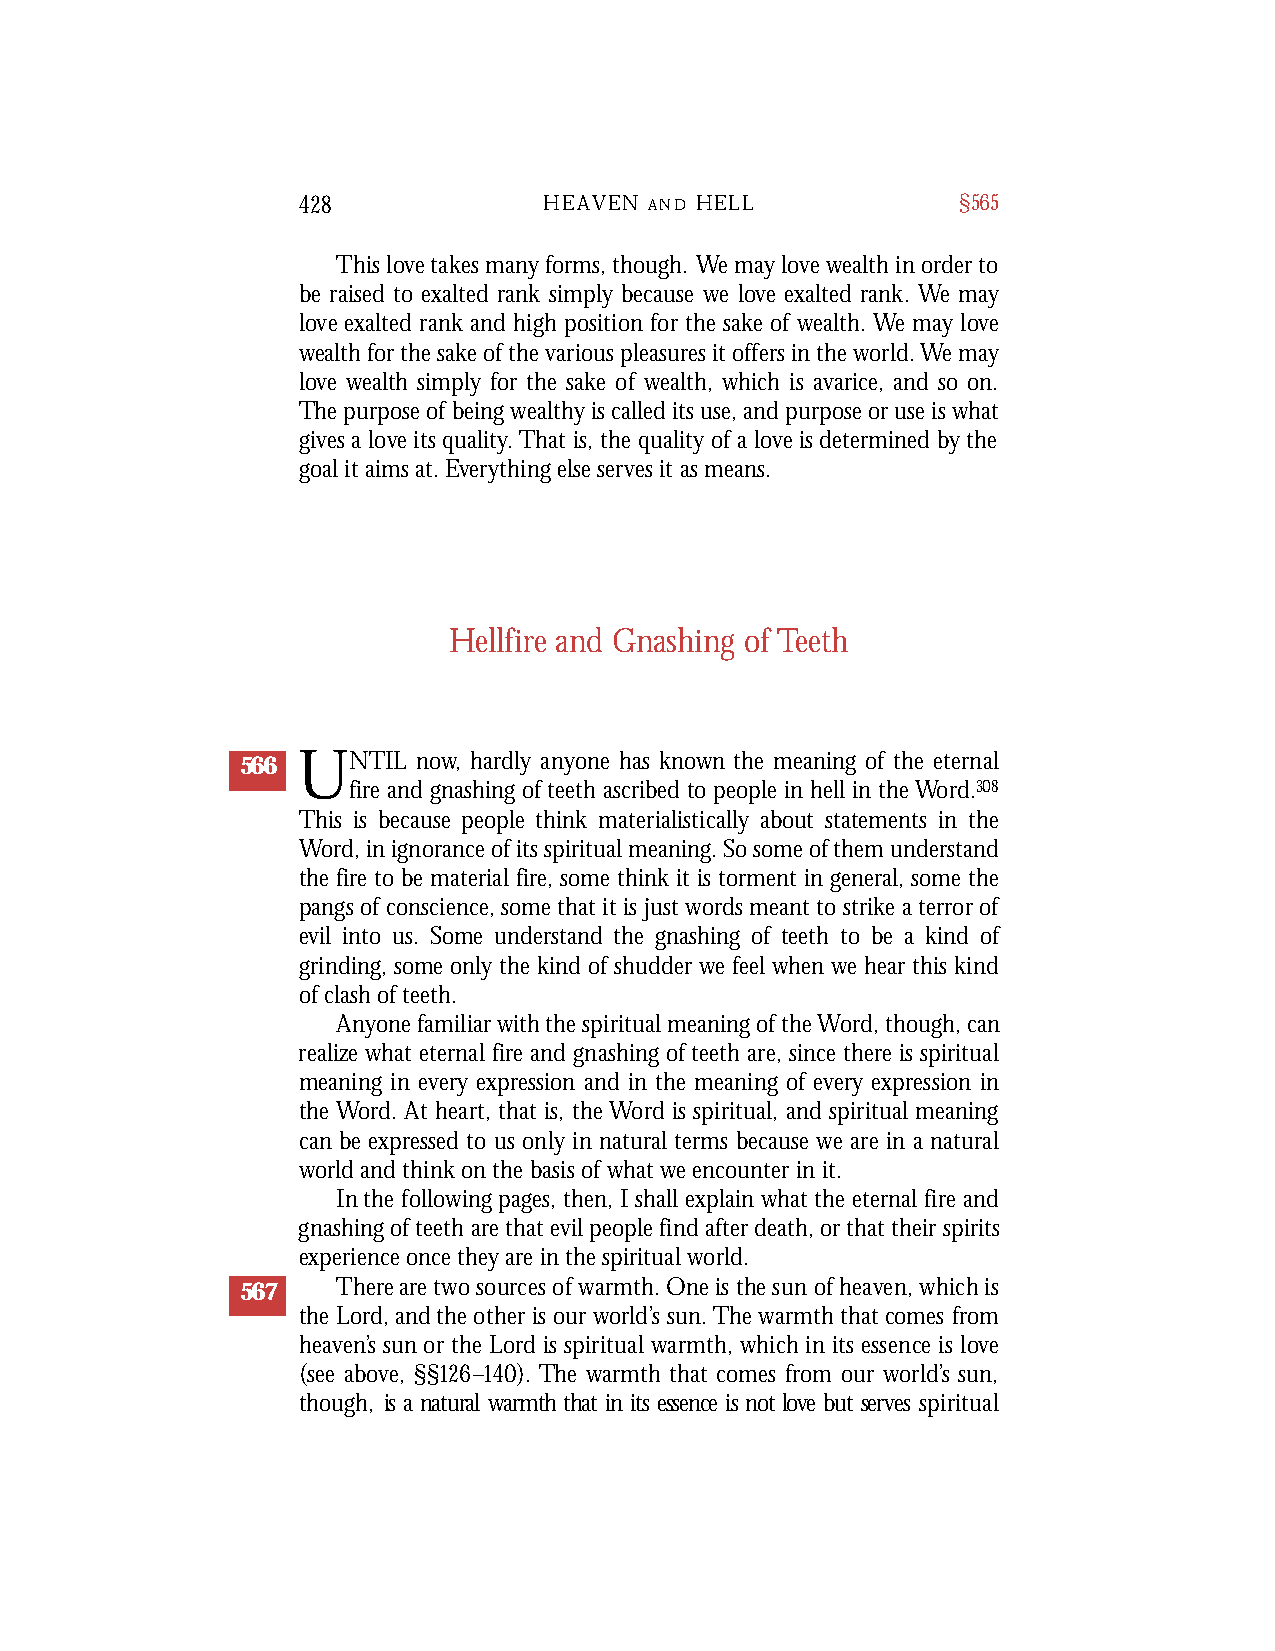
428             HEAVEN A N D H E L L       §565
 This love takes many forms, though. We may love wealth in order to
 be raised to exalted rank simply because we love exalted rank. We may
 love exalted rank and high position for the sake of wealth. We may love
 wealth for the sake of the various pleasures it offers in the world. We may
 love wealth simply for the sake of wealth, which is avarice, and so on.
 The purpose of being wealthy is called its use, and purpose or use is what
 gives a love its quality.That is, the quality of a love is determined by the
 goal it aims at. Everything else serves it as means.
 Hellfire and Gnashing of Teeth
 566 UNTIL   now, hardly anyone has known the meaning of the eternal
 fire and gnashing of teeth ascribed to people in hell in the Word.308
 This is because people think materialistically about statements in the
 Word, in ignorance of its spiritual meaning. So some of them understand
 the fire to be material fire, some think it is torment in general, some the
 pangs of conscience, some that it is just words meant to strike a terror of
 evil into us. Some understand the gnashing of teeth to be a kind of
 grinding, some only the kind of shudder we feel when we hear this kind
 of clash of teeth.
 Anyone familiar with the spiritual meaning of the Word, though, can
 realize what eternal fire and gnashing of teeth are, since there is spiritual
 meaning in every expression and in the meaning of every expression in
 the Word. At heart, that is, the Word is spiritual, and spiritual meaning
 can be expressed to us only in natural terms because we are in a natural
 world and think on the basis of what we encounter in it.
 In the following pages, then, I shall explain what the eternal fire and
 gnashing of teeth are that evil people find after death, or that their spirits
 experience once they are in the spiritual world.
 567   T h e re are two sources of warmth. One is the sun of heaven, which is
 the Lord, and the other is our world’s sun. The warmth that comes fro m
 h e a ve n’s sun or the Lord is spiritual warmth, which in its essence is love
 (see above, §§1 2 6–1 4 0). The warmth that comes from our world’s sun,
 though, is a natural warmth that in its essence is not love but serves s p i r i t u a l